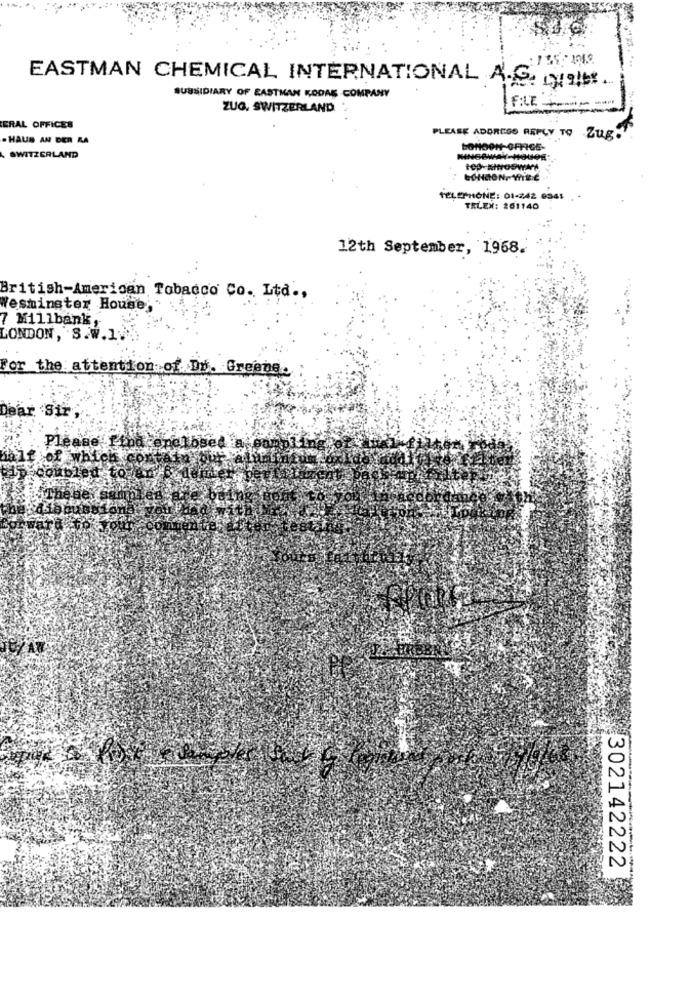
EASTMAN CHEMICAL INTERNATIONAL A.S. DI !!
SUBSIDIARY OF EASTMAN KODAK COMPANY
ZUG, SWITZERLAND
FILE-
ERAL OFFICES
- HAUS AN DER AA
PLEASE ADOREGO REPLY TO Zug.'
LONDON-OFFICE-
SWITZERLAND
tep-NINOSWAY
TELEPHONE: 01-242 0345
TELEX: 261140
12th September, 1968.
British-American Tobacco Co. Ltd .,
Yesminster House
7 Millbank
LONDON, S.W.1.
For the attention of Du. Greene.
Dear Sir
Please.
-
302142222